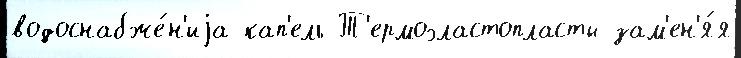
водоснабже́н'иjа кап'ель Т'ермоэластопласты зам'ен'я́я